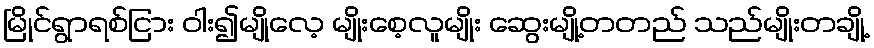
မြိုင်ရွာရစ်ငြား ဝါး၍မျိုလေ့ မျိုးစေ့လူမျိုး ဆွေးမျို့တတည် သည်မျိုးတချို့